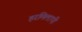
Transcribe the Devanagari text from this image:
हरमिलापी